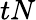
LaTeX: tN